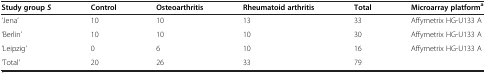
<table><thead><tr><td><b>Study group <i>S</i></b></td><td><b>Control</b></td><td><b>Osteoarthritis</b></td><td><b>Rheumatoid arthritis</b></td><td><b>Total</b></td><td><b>Microarray platform<sup>a</sup></b></td></tr></thead><tbody><tr><td>‘Jena’</td><td>10</td><td>10</td><td>13</td><td>33</td><td>Affymetrix HG-U133 A</td></tr><tr><td>‘Berlin’</td><td>10</td><td>10</td><td>10</td><td>30</td><td>Affymetrix HG-U133 A</td></tr><tr><td>‘Leipzig’</td><td>0</td><td>6</td><td>10</td><td>16</td><td>Affymetrix HG-U133 A</td></tr><tr><td>‘Total’</td><td>20</td><td>26</td><td>33</td><td>79</td><td> </td></tr></tbody></table>